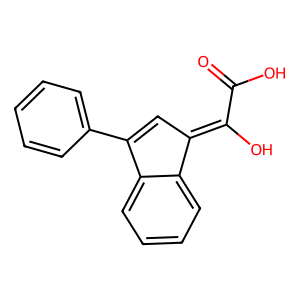
SMILES: O=C(O)C(O)=C1C=C(c2ccccc2)c2ccccc21
Inhibits HIV replication: No